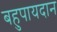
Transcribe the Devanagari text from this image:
बहुपायदान